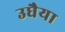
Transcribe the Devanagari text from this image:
उघैया